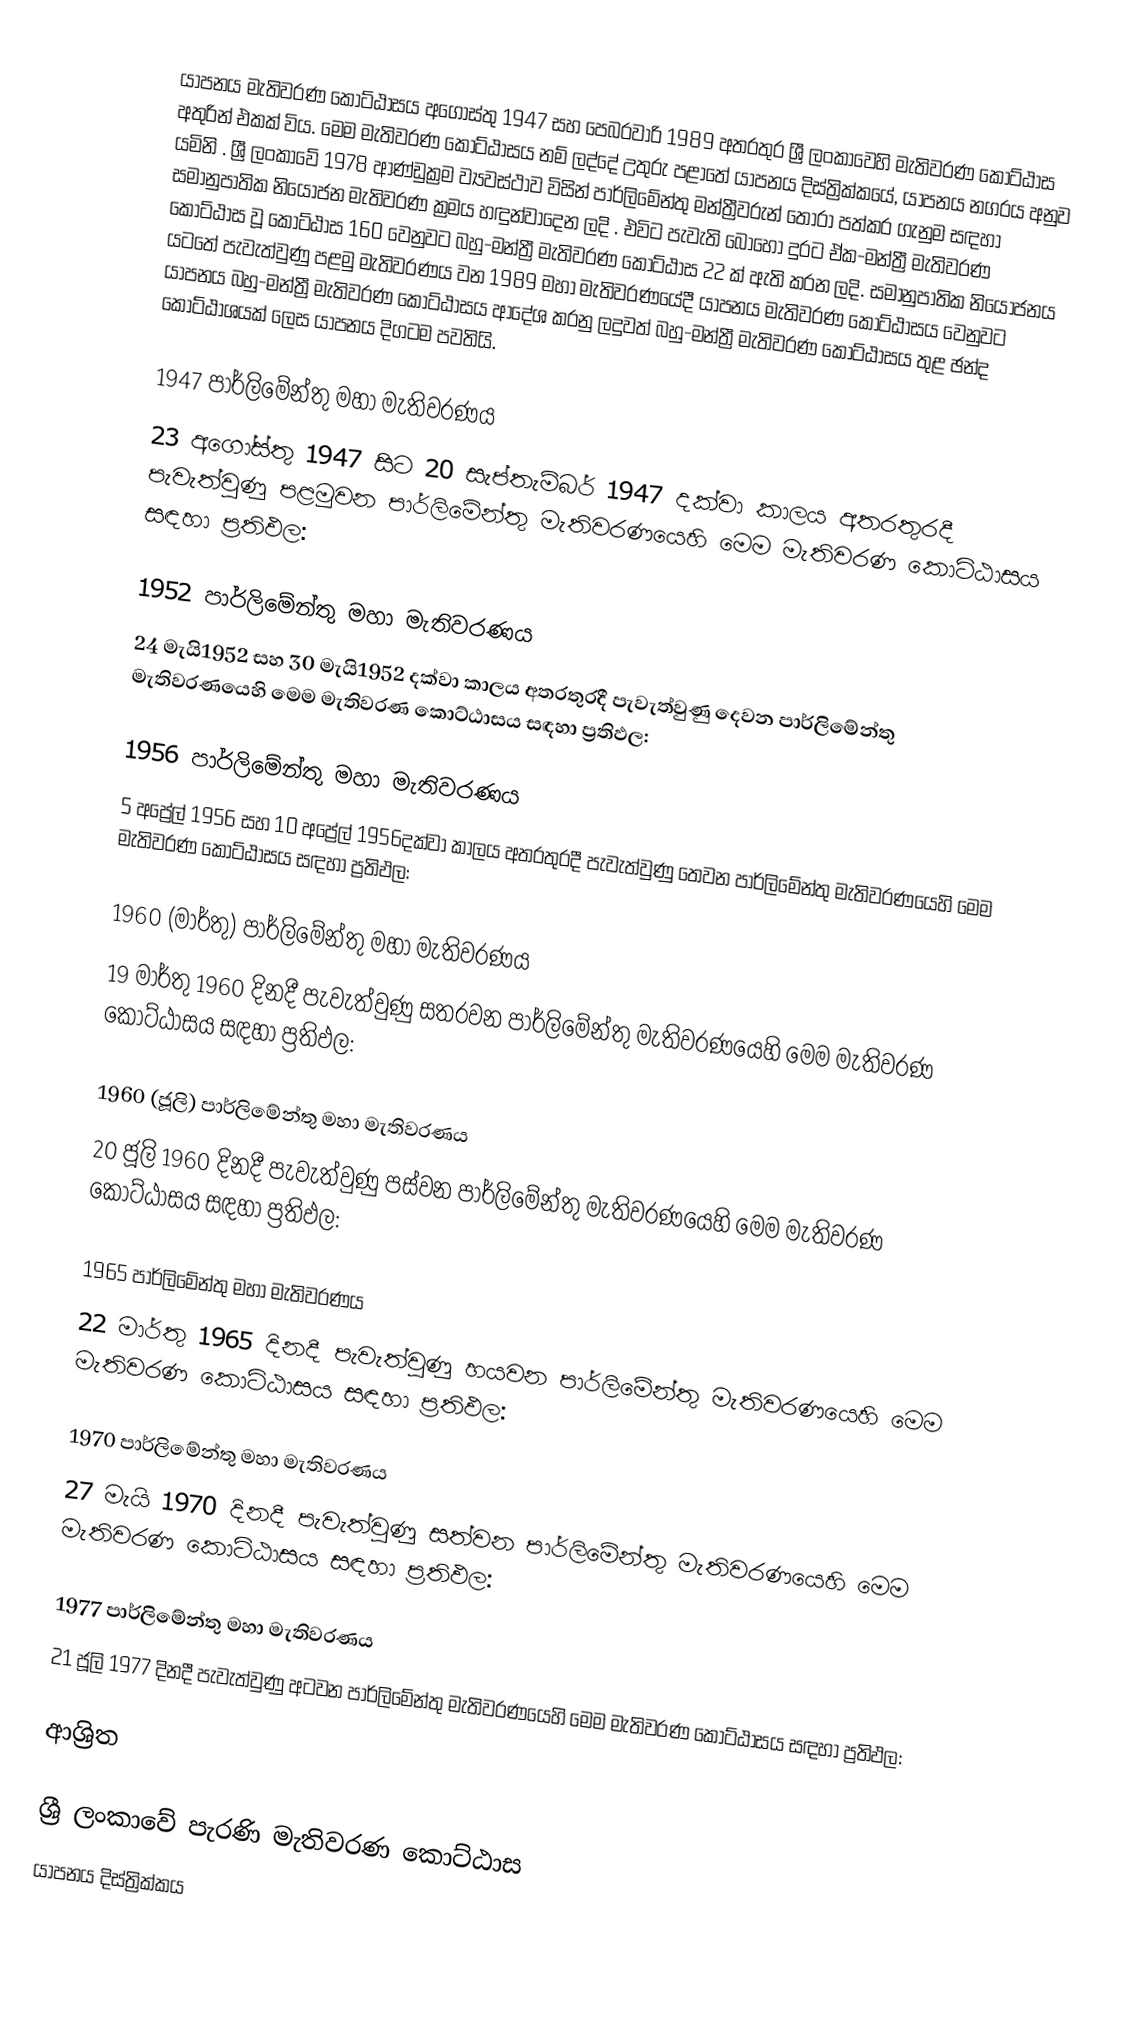
යාපනය මැතිවරණ කොට්ඨාසය  අගෝස්තු 1947 සහ පෙබරවාරි 1989 අතරතුර  ශ්‍රී ලංකාවෙහි  මැතිවරණ කොට්ඨාස අතුරින් එකක් විය. මෙම මැතිවරණ කොට්ඨාසය නම් ලද්දේ  උතුරු පළාතේ  යාපනය දිස්ත්‍රික්කයේ,  යාපනය නගරය අනුව යමිනි . ශ්‍රී ලංකාවේ 1978 ආණ්ඩුක්‍රම ව්‍යවස්ථාව විසින්   පාර්ලිමේන්තු මන්ත්‍රීවරුන් තෝරා පත්කර ගැනුම සඳහා සමානුපාතික නියෝජන මැතිවරණ ක්‍රමය හඳුන්වාදෙන ලදි . එවිට පැවැති බොහෝ දුරට  ඒක-මන්ත්‍රී මැතිවරණ කොට්ඨාස වූ කොට්ඨාස 160 වෙනුවට බහු-මන්ත්‍රී මැතිවරණ කොට්ඨාස 22 ක් ඇති කරන ලදි. සමානුපාතික නියෝජනය යටතේ පැවැත්වුණු පළමු මැතිවරණය වන 1989 මහා මැතිවරණයේදී  යාපනය මැතිවරණ කොට්ඨාසය වෙනුවට  යාපනය බහු-මන්ත්‍රී මැතිවරණ කොට්ඨාසය  ආදේශ කරනු ලදුවත් බහු-මන්ත්‍රී මැතිවරණ කොට්ඨාසය තුළ ඡන්ද කොට්ඨාශයක් ලෙස යාපනය දිගටම පවතියි.

1947 පාර්ලිමේන්තු මහා මැතිවරණය
23 අගෝස්තු 1947 සිට 20 සැප්තැම්බර් 1947 දක්වා කාලය අතරතුරදී පැවැත්වුණු  පළමුවන පාර්ලිමේන්තු මැතිවරණයෙහි මෙම මැතිවරණ කොට්ඨාසය සඳහා ප්‍රතිඵල:

1952 පාර්ලිමේන්තු මහා මැතිවරණය
24 මැයි1952 සහ 30 මැයි1952 දක්වා කාලය අතරතුරදී පැවැත්වුණු  දෙවන පාර්ලිමේන්තු මැතිවරණයෙහි මෙම මැතිවරණ කොට්ඨාසය සඳහා ප්‍රතිඵල:

1956 පාර්ලිමේන්තු මහා මැතිවරණය
5 අප්‍රේල් 1956 සහ 10 අප්‍රේල් 1956දක්වා කාලය අතරතුරදී පැවැත්වුණු  තෙවන පාර්ලිමේන්තු මැතිවරණයෙහි මෙම මැතිවරණ කොට්ඨාසය සඳහා ප්‍රතිඵල:

1960 (මාර්තු) පාර්ලිමේන්තු මහා මැතිවරණය
19 මාර්තු 1960 දිනදී පැවැත්වුණු  සතරවන පාර්ලිමේන්තු මැතිවරණයෙහි මෙම මැතිවරණ කොට්ඨාසය සඳහා ප්‍රතිඵල:

1960 (ජූලි) පාර්ලිමේන්තු මහා මැතිවරණය
20 ජූලි 1960 දිනදී පැවැත්වුණු  පස්වන පාර්ලිමේන්තු මැතිවරණයෙහි මෙම මැතිවරණ කොට්ඨාසය සඳහා ප්‍රතිඵල:

1965 පාර්ලිමේන්තු මහා මැතිවරණය
22 මාර්තු 1965  දිනදී පැවැත්වුණු  හයවන පාර්ලිමේන්තු මැතිවරණයෙහි මෙම මැතිවරණ කොට්ඨාසය සඳහා ප්‍රතිඵල:

1970 පාර්ලිමේන්තු මහා මැතිවරණය
27 මැයි 1970 දිනදී පැවැත්වුණු  සත්වන පාර්ලිමේන්තු මැතිවරණයෙහි මෙම මැතිවරණ කොට්ඨාසය සඳහා ප්‍රතිඵල:

1977 පාර්ලිමේන්තු මහා මැතිවරණය
21 ජූලි 1977 දිනදී පැවැත්වුණු  අටවන පාර්ලිමේන්තු මැතිවරණයෙහි මෙම මැතිවරණ කොට්ඨාසය සඳහා ප්‍රතිඵල:

ආශ්‍රිත

ශ්‍රී ලංකාවේ පැරණි මැතිවරණ කොට්ඨාස
යාපනය දිස්ත්‍රික්කය